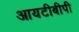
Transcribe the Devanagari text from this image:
आयटीबीपी